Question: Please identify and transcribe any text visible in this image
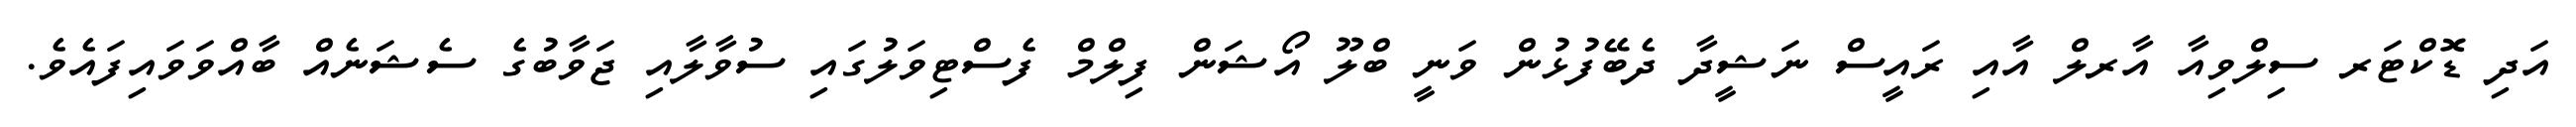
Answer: އަދި ޑޮކްޓަރ ސިލްވިއާ އާރލް އާއި ރައީސް ނަޝީދާ ދެބޭފުޅުން ވަނީ ބްލޫ އޯޝަން ފިލްމް ފެސްޓިވަލުގައި ސުވާލާއި ޖަވާބުގެ ސެޝަނެއް ބާއްވަވައިފައެވެ.